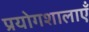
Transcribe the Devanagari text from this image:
प्रयोगशालाऍं